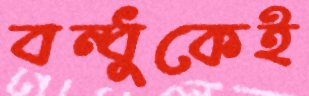
বন্ধুকেই